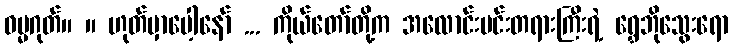
ဓမ္မဂုတ်။ ။ ဟုတ်မှာပေါ့နော် ... ကိုယ်တော်တို့က အလောင်းမင်းတရားကြီးရဲ့ ရွှေဘိုသွေးရော